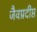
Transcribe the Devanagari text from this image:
जैवप्रदीप्त